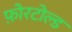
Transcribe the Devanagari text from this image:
फ़ोरटोल्ड